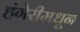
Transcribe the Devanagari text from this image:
हंगेरीमधून